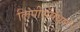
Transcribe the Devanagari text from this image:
लिपीसंबंधानें